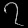
Digit: ၇